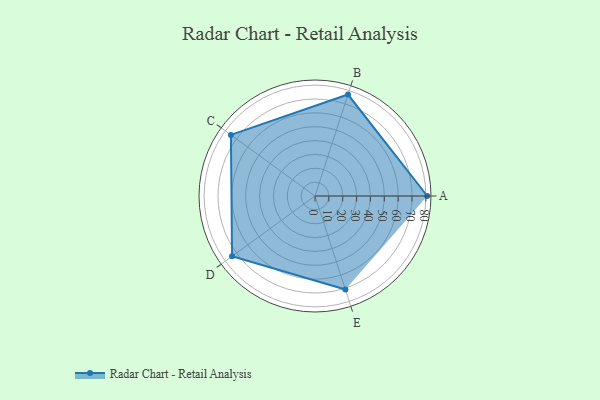
{"axis": {"x": "Skill", "y": "Score"}, "legend": ["Profile"], "data": [{"x": "A", "y": 81.0, "type": "Profile"}, {"x": "B", "y": 77.0, "type": "Profile"}, {"x": "C", "y": 75.0, "type": "Profile"}, {"x": "D", "y": 74.0, "type": "Profile"}, {"x": "E", "y": 71.0, "type": "Profile"}]}